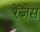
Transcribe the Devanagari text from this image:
रेंजेस